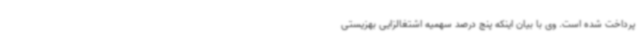
پرداخت شده است. وی با بیان اینکه پنج درصد سهمیه اشتغالزایی بهزیستی